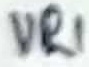
Text: VR1